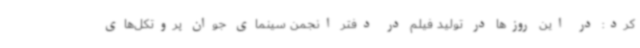
کرد: در این روزها در تولید فیلم‌ در دفتر انجمن سینمای جوان پروتکل‌های